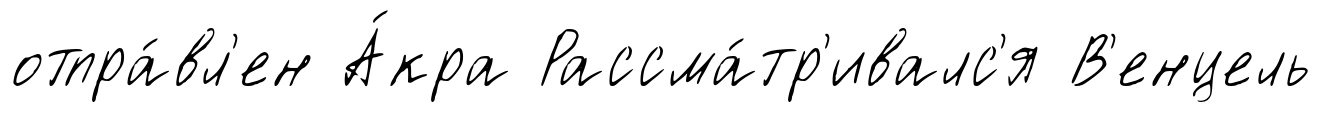
отпра́вл'ен А́кра Рассма́тр'ивалс'я В'енцель